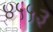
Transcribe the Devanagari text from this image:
४५५३